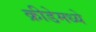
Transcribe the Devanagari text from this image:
क्रीडेमध्ये